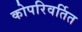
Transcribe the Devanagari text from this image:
कोपरिवर्तित